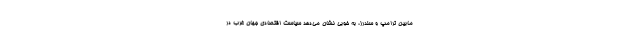
مابین ترامپ و سندرز، به خوبی نشان می‌دهد سیاست اقتصادی جهان غرب در